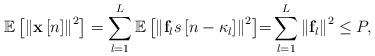
LaTeX: \begin{align*} {\mathbb{E}}\left[ {{{\left\| {{\bf{x}}\left[ n \right]} \right\|}^2}} \right] = \sum\limits_{l = 1}^L {{\mathbb{E}}\left[ {{{\left\| {{{\bf{f}}_l}s\left[ {n - {\kappa_l}} \right]} \right\|}^2}} \right]} {\rm =} \sum\limits_{l = 1}^L {{{\left\| {{{\bf{f}}_l}} \right\|}^2}} \le P, \end{align*}